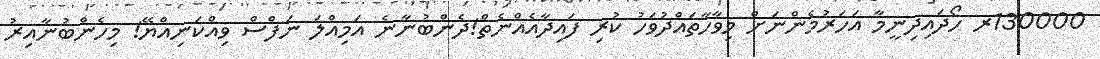
130000ރ ހޯދައިދިނީމާ އަހަރުމެންނަށް މިވާހާތައްދުވަހު ކުރި ފައިދާއެއްނެތް!ދެންބުނާނެ އަމިއްލަ ނަފްސް ވިއްކަނިއްޔޭ! މިހެންބުނާއިރު